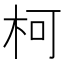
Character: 柯